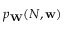
p _ { \mathbf { W } } ( N , \mathbf { w } )